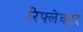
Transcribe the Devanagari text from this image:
रिफ्लेक्‍टर